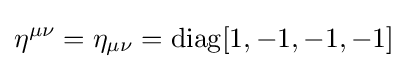
\eta ^{\mu \nu }=\eta _{\mu \nu }=\operatorname {diag} [1,-1,-1,-1]